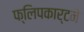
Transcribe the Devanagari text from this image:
फ्लिपकार्टने